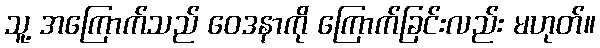
သူ့ အကြောက်သည် ဝေဒနာကို ကြောက်ခြင်းလည်း မဟုတ်။